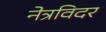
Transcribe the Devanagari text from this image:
नेत्रविदर